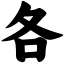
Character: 各